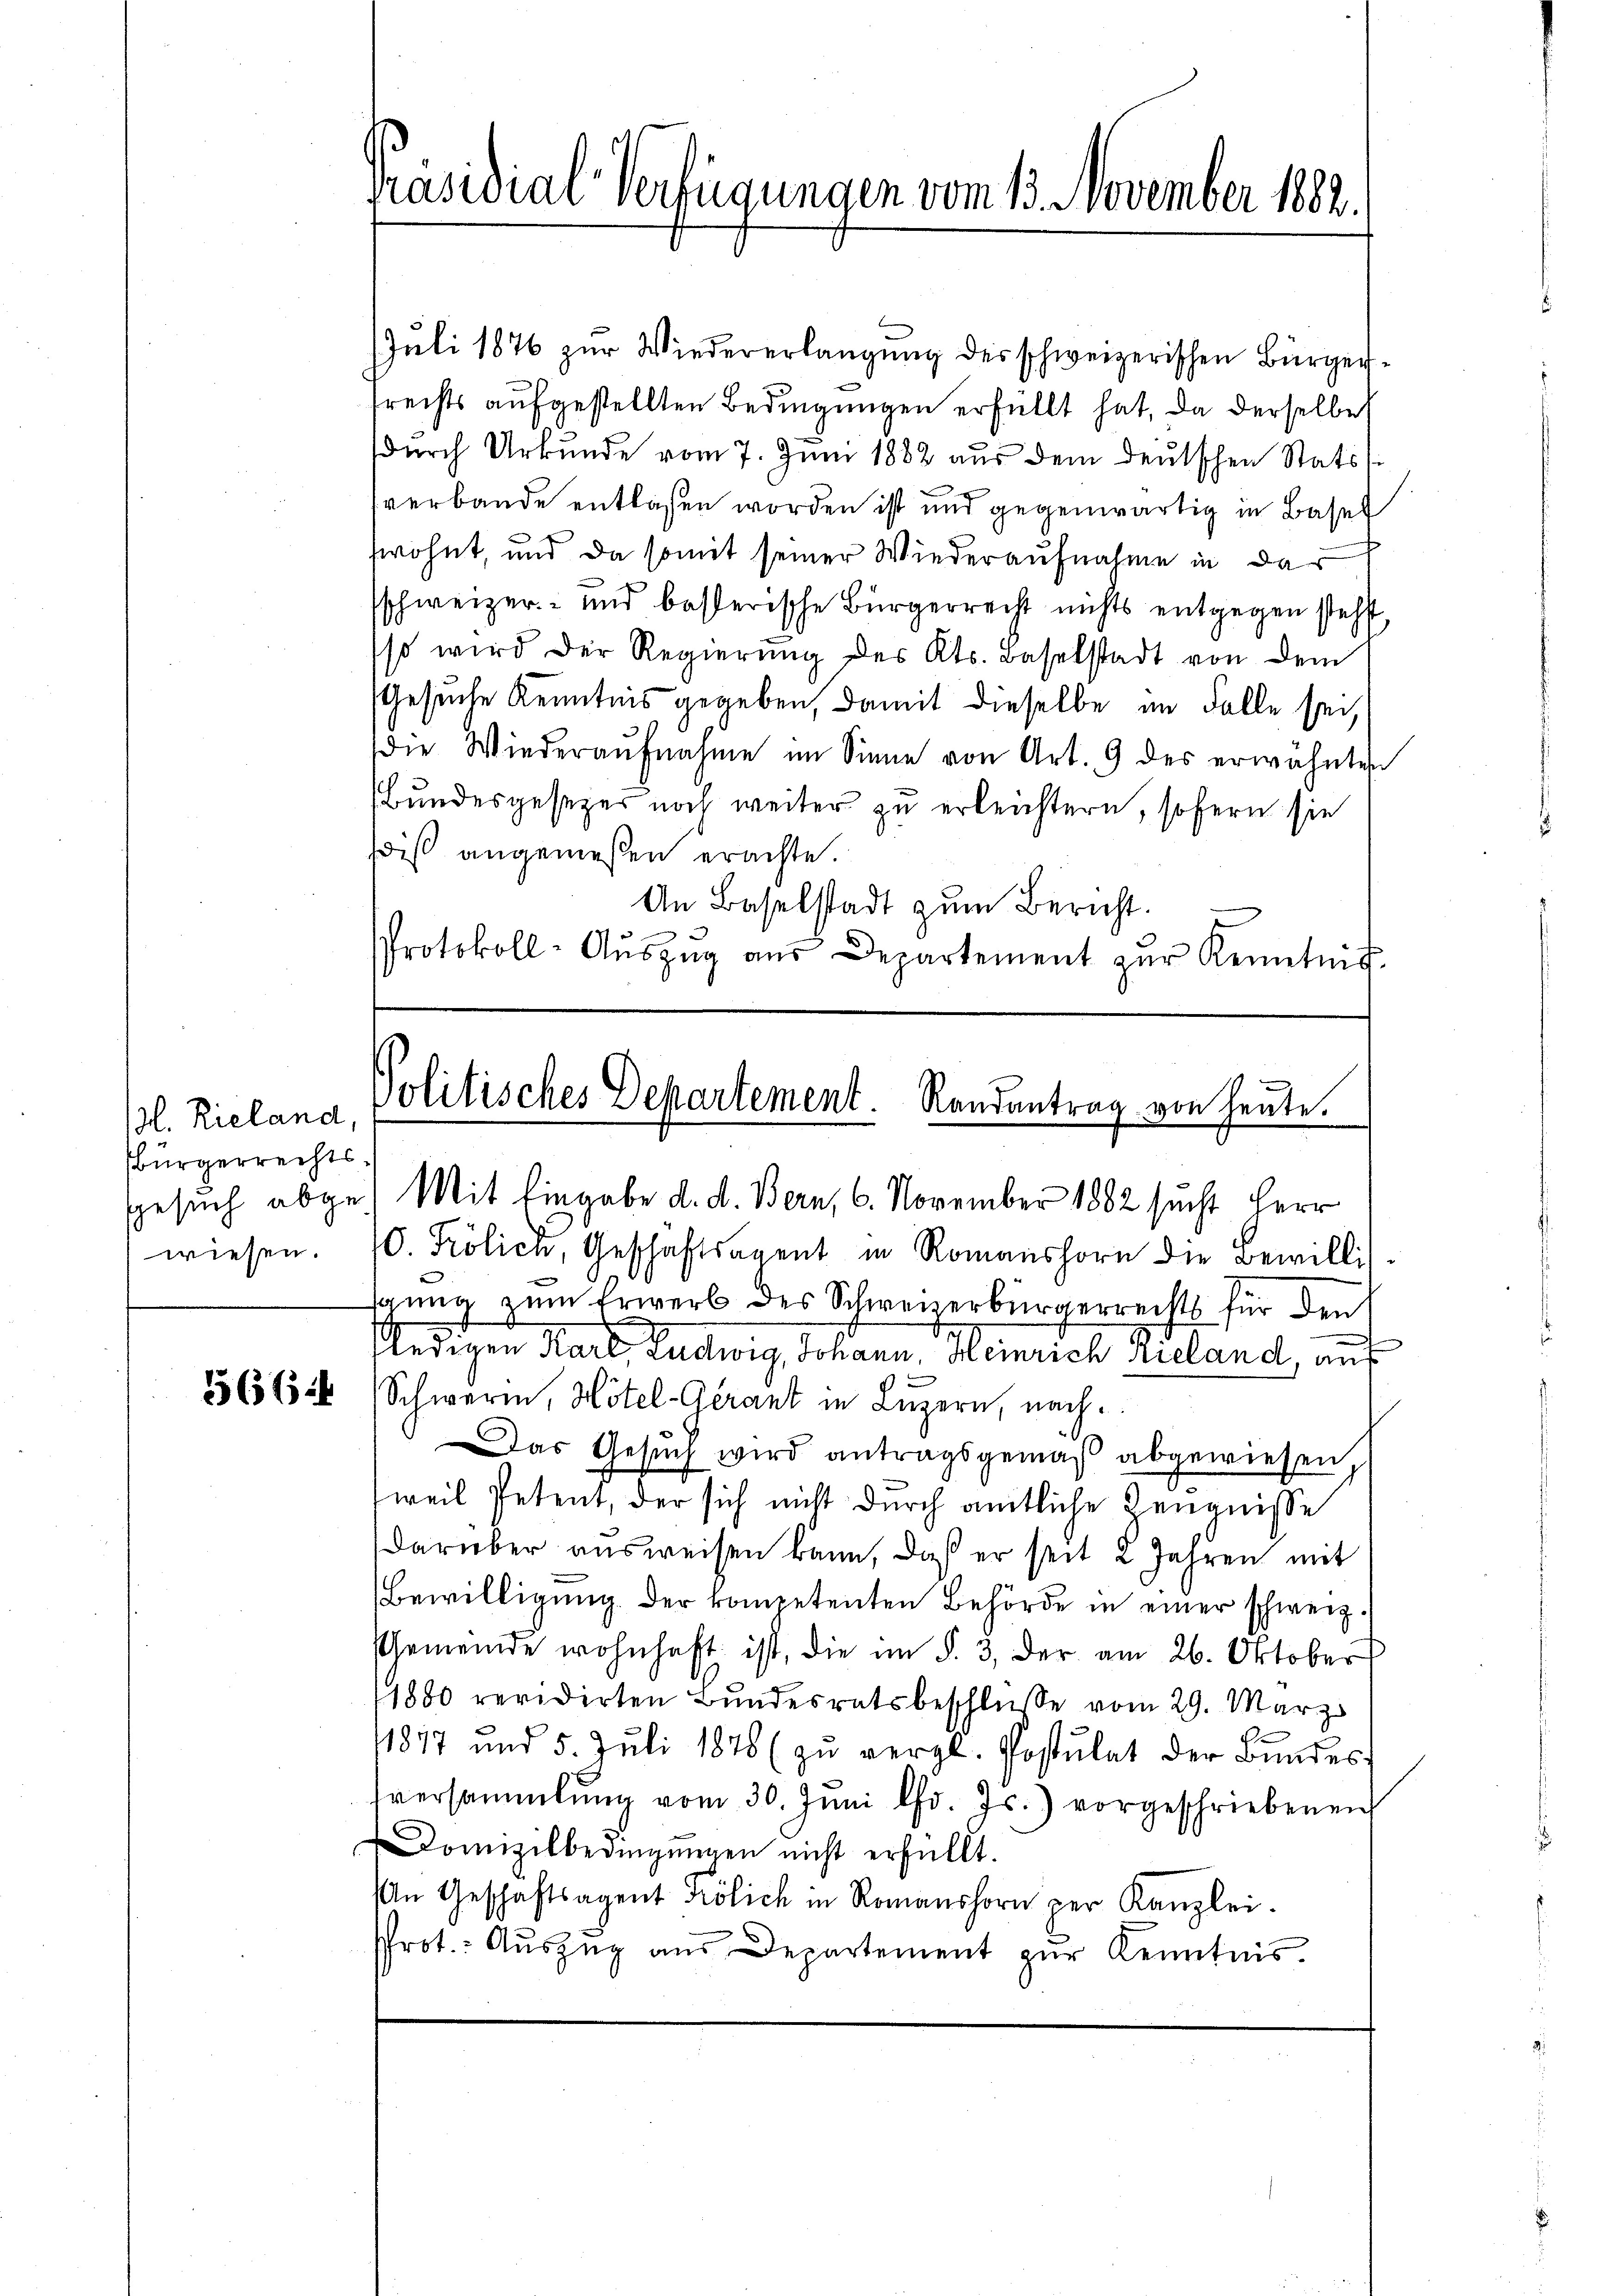
ßl. Rieland,
Bürgerrechtswiesen.

566

Präsidial-Verfügungen vom 13. November 1882.

JJuli 1876 zur Wiedererlangung des schweizerischen Bürgerfrechts aufgestellten Bedingungen erfüllt hat, da derselbe
durch Urkunde vom 7. Juni 1882 aus dem deutschen Stats
verbande entlaßen worden ist und gegenwärtig in Basel
swohnt, und da somit seiner Wiederaufnahme in das
sschweizer- und besterische Bürgerrecht nichts entgegen steht
(so wird der Regierŭng des Kts. Baselstadt von dem
Gesuche Kenntnis gegeben, damit dieselbe im Falle sei,
die Wiederaŭfnahme im Sinne von Art. 9 des erwähnten
Bundesgesetzer noch weiter zu erleichtern, sofern sie
wiß angemeßen erachte.
An Baselstadt zum Bericht.
Protokoll-Aŭszŭg aŭs Departement zŭr Kenntnis

Politisches Departement. Randantrag von heute.
Gesuch abges Mit Eingabe d. d. Bern, 6. November 1882 sucht Herr

(C. Frölich, Geschäftsagent in Romanshorn die Bewillis
igung zum Erwerb des Schweizerbürgerrechts für den
ledigen Rath, Ludwig, Johann Heinrich Nicland, auf
Schweren, Hotel-Gerant in Luzern, nach
Das Gesuch wird antragsgemäß abgewiesen
weil Petent, der sich nicht durch amtliche Zeugnisse
darüber ausweisen kann, daß er seit 2 Jahren mit
Bewilligung der kompetenten Behörde in einer schweiz.
Gemeinde wohnhaft ist, die im §. 3. der am 26. Oktober
1880 revidirten Bundesratsbeschlusse vom 29. März
11817 und 5. Jŭli 1878 (zŭ vergl. Postulat der Bŭndes
sversammlung vom 30. Jŭni lfd. Js.) vorgeschriebenen
Domizilbedingŭngen nicht erfüllt.
An Geschäftsagent Frölich in Romanshorn per Kanzlei.
Prot.: Aŭszŭg aŭs Departement zŭr Kenntnis.